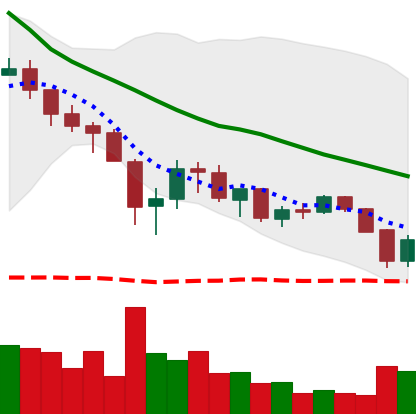
Ticker: XRP-USD
Chart end date: 2018-05-24
Forward return: -4.866%
Label: down_3_5